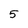
Character: 5